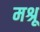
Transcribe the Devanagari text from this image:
मश्रू